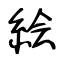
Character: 絵